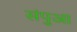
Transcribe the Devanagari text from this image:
संपुआ